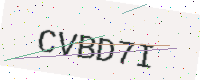
Text: CVBD7I